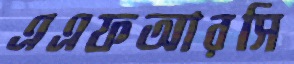
এএফআরসি